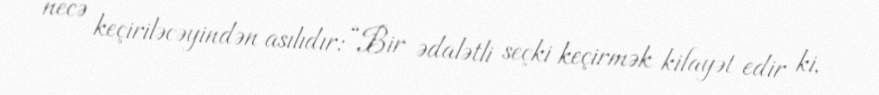
necə keçiriləcəyindən asılıdır: “Bir ədalətli seçki keçirmək kifayət edir ki,